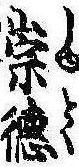
崇徳